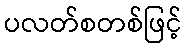
ပလတ်စတစ်ဖြင့်